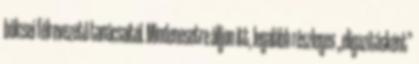
bölcsei félrevezető tanácsaitól. Mindenesetre áll­jon itt, legalább részleges „eligazításként”